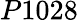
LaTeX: P1028